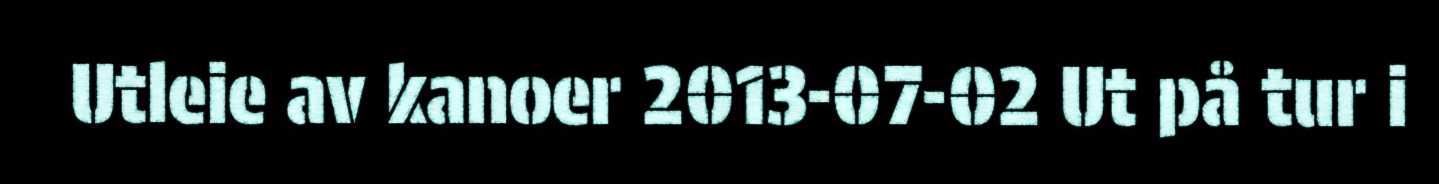
Utleie av kanoer 2013-07-02 Ut på tur i